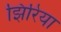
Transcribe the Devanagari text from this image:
झिरिया